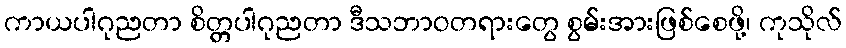
ကာယပါဂုညတာ စိတ္တပါဂုညတာ ဒီသဘာဝတရားတွေ စွမ်းအားဖြစ်စေဖို့၊ ကုသိုလ်